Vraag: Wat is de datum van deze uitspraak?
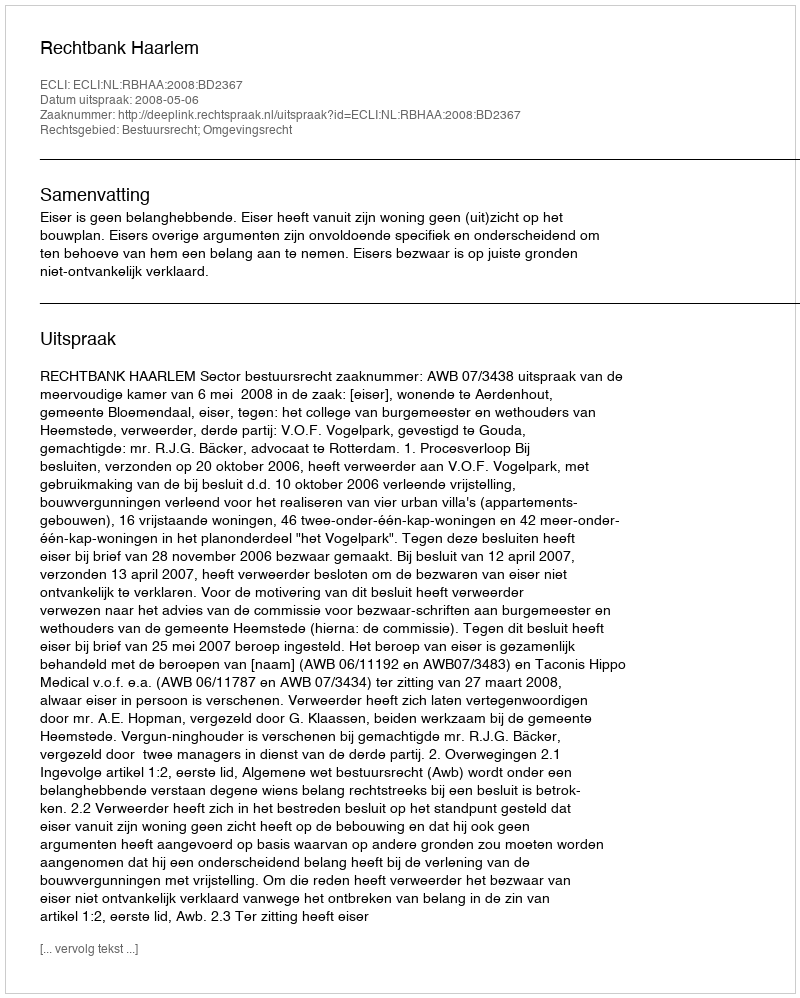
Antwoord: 2008-05-06